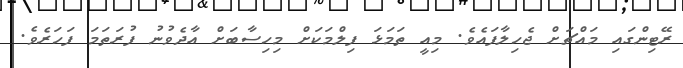
ރޭޓިންގައި މައްޗަށް ޖެހިލާފައެވެ. މިއީ ތަމަޅަ ފިލްމަކަށް މިހިސާބަށް އާދެވުނު ފުރަތަމަ ފަހަރެވެ.